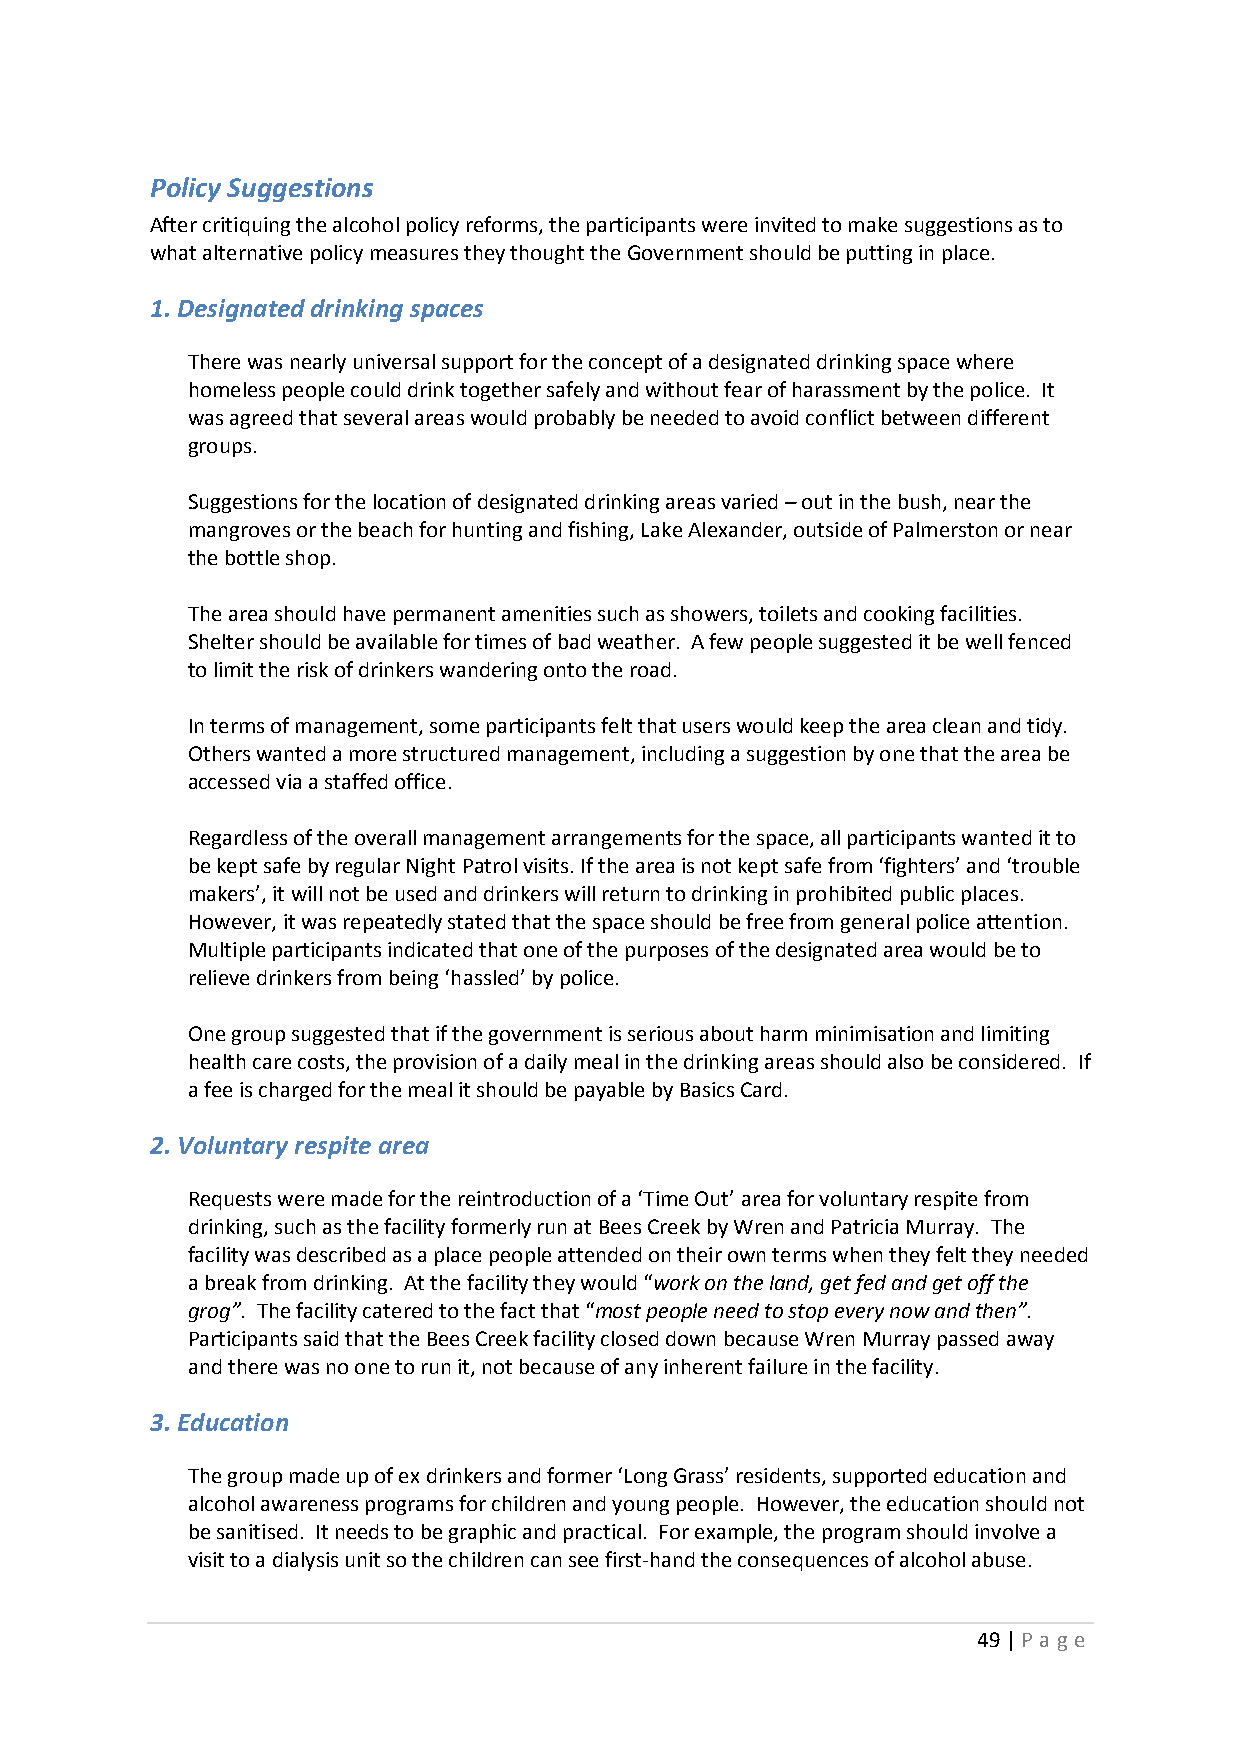
Policy Suggestions
 After critiquing the alcohol policy reforms, the participants were invited to make suggestions as to
 what alternative policy measures they thought the Government should be putting in place.
 1. Designated drinking spaces
 There was nearly universal support for the concept of a designated drinking space where
 homeless people could drink together safely and without fear of harassment by the police. It
 was agreed that several areas would probably be needed to avoid conflict between different
 groups.
 Suggestions for the location of designated drinking areas varied – out in the bush, near the
 mangroves or the beach for hunting and fishing, Lake Alexander, outside of Palmerston or near
 the bottle shop.
 The area should have permanent amenities such as showers, toilets and cooking facilities.
 Shelter should be available for times of bad weather. A few people suggested it be well fenced
 to limit the risk of drinkers wandering onto the road.
 In terms of management, some participants felt that users would keep the area clean and tidy.
 Others wanted a more structured management, including a suggestion by one that the area be
 accessed via a staffed office.
 Regardless of the overall management arrangements for the space, all participants wanted it to
 be kept safe by regular Night Patrol visits. If the area is not kept safe from ‘fighters’ and ‘trouble
 makers’, it will not be used and drinkers will return to drinking in prohibited public places.
 However, it was repeatedly stated that the space should be free from general police attention.
 Multiple participants indicated that one of the purposes of the designated area would be to
 relieve drinkers from being ‘hassled’ by police.
 One group suggested that if the government is serious about harm minimisation and limiting
 health care costs, the provision of a daily meal in the drinking areas should also be considered. If
 a fee is charged for the meal it should be payable by Basics Card.
 2. Voluntary respite area
 Requests were made for the reintroduction of a ‘Time Out’ area for voluntary respite from
 drinking, such as the facility formerly run at Bees Creek by Wren and Patricia Murray. The
 facility was described as a place people attended on their own terms when they felt they needed
 a break from drinking. At the facility they would “work on the land, get fed and get off the
 grog”. The facility catered to the fact that “most people need to stop every now and then”.
 Participants said that the Bees Creek facility closed down because Wren Murray passed away
 and there was no one to run it, not because of any inherent failure in the facility.
 3. Education
 The group made up of ex drinkers and former ‘Long Grass’ residents, supported education and
 alcohol awareness programs for children and young people. However, the education should not
 be sanitised. It needs to be graphic and practical. For example, the program should involve a
 visit to a dialysis unit so the children can see first-hand the consequences of alcohol abuse.
 49 | P age